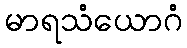
မာရသံယောဂံ